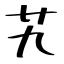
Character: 艽